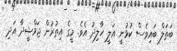
ބަތަލް ބައިވެސް ކުޅުނީ އަލީ ޚާލިދު އެވެ. މީގެ އިތުރުން ޖަމްޝީދާ އަދި